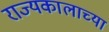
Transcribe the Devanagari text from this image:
राज्यकालाच्या